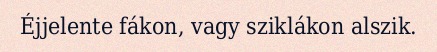
Éjjelente fákon, vagy sziklákon alszik.